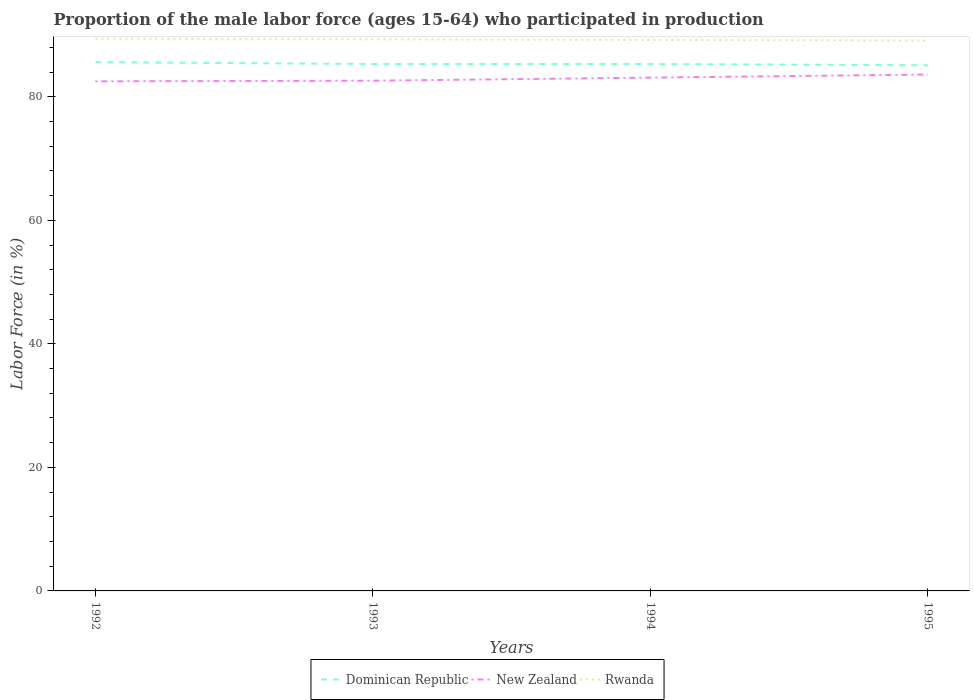
| Years | Dominican Republic | New Zealand | Rwanda |
 | --- | --- | --- | --- |
 | 1992 | 85.6 | 82.5 | 89.4 |
 | 1993 | 85.3 | 82.6 | 89.3 |
 | 1994 | 85.3 | 83.1 | 89.2 |
 | 1995 | 85.1 | 83.6 | 89.1 |